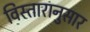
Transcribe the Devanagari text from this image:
विस्तारानुसार